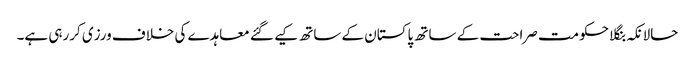
حالانکہ بنگلا حکومت صراحت کے ساتھ پاکستان کے ساتھ کیے گئے معاہدے کی خلاف ورزی کررہی ہے۔